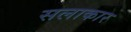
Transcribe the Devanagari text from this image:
सलाकार